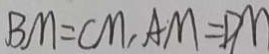
B M = C M , A M = D M